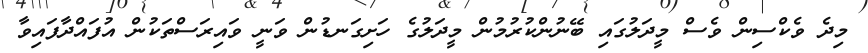
މިދެ ވެކްސިން ވެސް މީދަލުގައި ބޭނުންކުރުމުން މީދަލުގެ ހަށިގަނޑުން ވަނީ ވައިރަސްތަކުން އުފައްދާފައިވާ